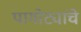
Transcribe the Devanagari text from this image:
पागोट्यांचे